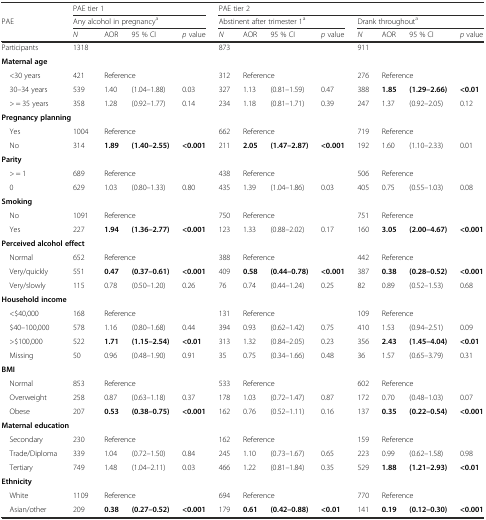
<table><thead><tr><td></td><td colspan="4"><b>PAE tier 1</b></td><td colspan="8"><b>PAE tier 2</b></td></tr><tr><td><b>PAE</b></td><td colspan="4"><b>Any alcohol in pregnancy<sup>a</sup></b></td><td colspan="4"><b>Abstinent after trimester 1<sup>a</sup></b></td><td colspan="4"><b>Drank throughout<sup>a</sup></b></td></tr><tr><td></td><td><b><i>N</i></b></td><td><b>AOR</b></td><td><b>95 % CI</b></td><td><b><i>p</i> value</b></td><td><b><i>N</i></b></td><td><b>AOR</b></td><td><b>95 % CI</b></td><td><b><i>p</i> value</b></td><td><b><i>N</i></b></td><td><b>AOR</b></td><td><b>95 % CI</b></td><td><b><i>p</i> value</b></td></tr></thead><tbody><tr><td>Participants</td><td>1318</td><td></td><td></td><td></td><td>873</td><td></td><td></td><td></td><td>911</td><td></td><td></td><td></td></tr><tr><td colspan="2"><b>Maternal age</b></td><td></td><td></td><td></td><td></td><td></td><td></td><td></td><td></td><td></td><td></td><td></td></tr><tr><td> &lt;30 years</td><td>421</td><td colspan="2">Reference</td><td></td><td>312</td><td colspan="2">Reference</td><td></td><td>276</td><td colspan="2">Reference</td><td></td></tr><tr><td> 30–34 years</td><td>539</td><td>1.40</td><td>(1.04–1.88)</td><td>0.03</td><td>327</td><td>1.13</td><td>(0.81–1.59)</td><td>0.47</td><td>388</td><td><b>1.85</b></td><td><b>(1.29–2.66)</b></td><td><b>&lt;0.01</b></td></tr><tr><td> &gt; = 35 years</td><td>358</td><td>1.28</td><td>(0.92–1.77)</td><td>0.14</td><td>234</td><td>1.18</td><td>(0.81–1.71)</td><td>0.39</td><td>247</td><td>1.37</td><td>(0.92–2.05)</td><td>0.12</td></tr><tr><td colspan="2"><b>Pregnancy planning</b></td><td></td><td></td><td></td><td></td><td></td><td></td><td></td><td></td><td></td><td></td><td></td></tr><tr><td> Yes</td><td>1004</td><td colspan="2">Reference</td><td></td><td>662</td><td colspan="2">Reference</td><td></td><td>719</td><td colspan="2">Reference</td><td></td></tr><tr><td> No</td><td>314</td><td><b>1.89</b></td><td><b>(1.40–2.55)</b></td><td><b>&lt;0.001</b></td><td>211</td><td><b>2.05</b></td><td><b>(1.47–2.87)</b></td><td><b>&lt;0.001</b></td><td>192</td><td>1.60</td><td>(1.10–2.33)</td><td>0.01</td></tr><tr><td colspan="2"><b>Parity</b></td><td></td><td></td><td></td><td></td><td></td><td></td><td></td><td></td><td></td><td></td><td></td></tr><tr><td> &gt; = 1</td><td>689</td><td colspan="2">Reference</td><td></td><td>438</td><td colspan="2">Reference</td><td></td><td>506</td><td colspan="2">Reference</td><td></td></tr><tr><td> 0</td><td>629</td><td>1.03</td><td>(0.80–1.33)</td><td>0.80</td><td>435</td><td>1.39</td><td>(1.04–1.86)</td><td>0.03</td><td>405</td><td>0.75</td><td>(0.55–1.03)</td><td>0.08</td></tr><tr><td colspan="2"><b>Smoking</b></td><td></td><td></td><td></td><td></td><td></td><td></td><td></td><td></td><td></td><td></td><td></td></tr><tr><td> No</td><td>1091</td><td colspan="2">Reference</td><td></td><td>750</td><td colspan="2">Reference</td><td></td><td>751</td><td colspan="2">Reference</td><td></td></tr><tr><td> Yes</td><td>227</td><td><b>1.94</b></td><td><b>(1.36–2.77)</b></td><td><b>&lt;0.001</b></td><td>123</td><td>1.33</td><td>(0.88–2.02)</td><td>0.17</td><td>160</td><td><b>3.05</b></td><td><b>(2.00–4.67)</b></td><td><b>&lt;0.001</b></td></tr><tr><td colspan="2"><b>Perceived alcohol effect</b></td><td></td><td></td><td></td><td></td><td></td><td></td><td></td><td></td><td></td><td></td><td></td></tr><tr><td> Normal</td><td>652</td><td colspan="2">Reference</td><td></td><td>388</td><td colspan="2">Reference</td><td></td><td>442</td><td colspan="2">Reference</td><td></td></tr><tr><td> Very/quickly</td><td>551</td><td><b>0.47</b></td><td><b>(0.37–0.61)</b></td><td><b>&lt;0.001</b></td><td>409</td><td><b>0.58</b></td><td><b>(0.44–0.78)</b></td><td><b>&lt;0.001</b></td><td>387</td><td><b>0.38</b></td><td><b>(0.28–0.52)</b></td><td><b>&lt;0.001</b></td></tr><tr><td> Very/slowly</td><td>115</td><td>0.78</td><td>(0.50–1.20)</td><td>0.26</td><td>76</td><td>0.74</td><td>(0.44–1.24)</td><td>0.25</td><td>82</td><td>0.89</td><td>(0.52–1.53)</td><td>0.68</td></tr><tr><td colspan="2"><b>Household income</b></td><td></td><td></td><td></td><td></td><td></td><td></td><td></td><td></td><td></td><td></td><td></td></tr><tr><td> &lt;$40,000</td><td>168</td><td colspan="2">Reference</td><td></td><td>131</td><td colspan="2">Reference</td><td></td><td>109</td><td colspan="2">Reference</td><td></td></tr><tr><td> $40–100,000</td><td>578</td><td>1.16</td><td>(0.80–1.68)</td><td>0.44</td><td>394</td><td>0.93</td><td>(0.62–1.42)</td><td>0.75</td><td>410</td><td>1.53</td><td>(0.94–2.51)</td><td>0.09</td></tr><tr><td> &gt;$100,000</td><td>522</td><td><b>1.71</b></td><td><b>(1.15–2.54)</b></td><td><b>&lt;0.01</b></td><td>313</td><td>1.32</td><td>(0.84–2.05)</td><td>0.23</td><td>356</td><td><b>2.43</b></td><td><b>(1.45–4.04)</b></td><td><b>&lt;0.01</b></td></tr><tr><td> Missing</td><td>50</td><td>0.96</td><td>(0.48–1.90)</td><td>0.91</td><td>35</td><td>0.75</td><td>(0.34–1.66)</td><td>0.48</td><td>36</td><td>1.57</td><td>(0.65–3.79)</td><td>0.31</td></tr><tr><td colspan="2"><b>BMI</b></td><td></td><td></td><td></td><td></td><td></td><td></td><td></td><td></td><td></td><td></td><td></td></tr><tr><td> Normal</td><td>853</td><td colspan="2">Reference</td><td></td><td>533</td><td colspan="2">Reference</td><td></td><td>602</td><td colspan="2">Reference</td><td></td></tr><tr><td> Overweight</td><td>258</td><td>0.87</td><td>(0.63–1.18)</td><td>0.37</td><td>178</td><td>1.03</td><td>(0.72–1.47)</td><td>0.87</td><td>172</td><td>0.70</td><td>(0.48–1.03)</td><td>0.07</td></tr><tr><td> Obese</td><td>207</td><td><b>0.53</b></td><td><b>(0.38–0.75)</b></td><td><b>&lt;0.001</b></td><td>162</td><td>0.76</td><td>(0.52–1.11)</td><td>0.16</td><td>137</td><td><b>0.35</b></td><td><b>(0.22–0.54)</b></td><td><b>&lt;0.001</b></td></tr><tr><td colspan="2"><b>Maternal education</b></td><td></td><td></td><td></td><td></td><td></td><td></td><td></td><td></td><td></td><td></td><td></td></tr><tr><td> Secondary</td><td>230</td><td colspan="2">Reference</td><td></td><td>162</td><td colspan="2">Reference</td><td></td><td>159</td><td colspan="2">Reference</td><td></td></tr><tr><td> Trade/Diploma</td><td>339</td><td>1.04</td><td>(0.72–1.50)</td><td>0.84</td><td>245</td><td>1.10</td><td>(0.73–1.67)</td><td>0.65</td><td>223</td><td>0.99</td><td>(0.62–1.58)</td><td>0.98</td></tr><tr><td> Tertiary</td><td>749</td><td>1.48</td><td>(1.04–2.11)</td><td>0.03</td><td>466</td><td>1.22</td><td>(0.81–1.84)</td><td>0.35</td><td>529</td><td><b>1.88</b></td><td><b>(1.21–2.93)</b></td><td><b>&lt;0.01</b></td></tr><tr><td colspan="2"><b>Ethnicity</b></td><td></td><td></td><td></td><td></td><td></td><td></td><td></td><td></td><td></td><td></td><td></td></tr><tr><td> White</td><td>1109</td><td colspan="2">Reference</td><td></td><td>694</td><td colspan="2">Reference</td><td></td><td>770</td><td colspan="2">Reference</td><td></td></tr><tr><td> Asian/other</td><td>209</td><td><b>0.38</b></td><td><b>(0.27–0.52)</b></td><td><b>&lt;0.001</b></td><td>179</td><td><b>0.61</b></td><td><b>(0.42–0.88)</b></td><td><b>&lt;0.01</b></td><td>141</td><td><b>0.19</b></td><td><b>(0.12–0.30)</b></td><td><b>&lt;0.001</b></td></tr></tbody></table>